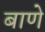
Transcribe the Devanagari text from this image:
बाणे